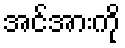
အင်အားကို